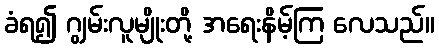
ခံရ၍ ဂျွမ်းလူမျိုးတို့ အရေးနိမ့်ကြ လေသည်။